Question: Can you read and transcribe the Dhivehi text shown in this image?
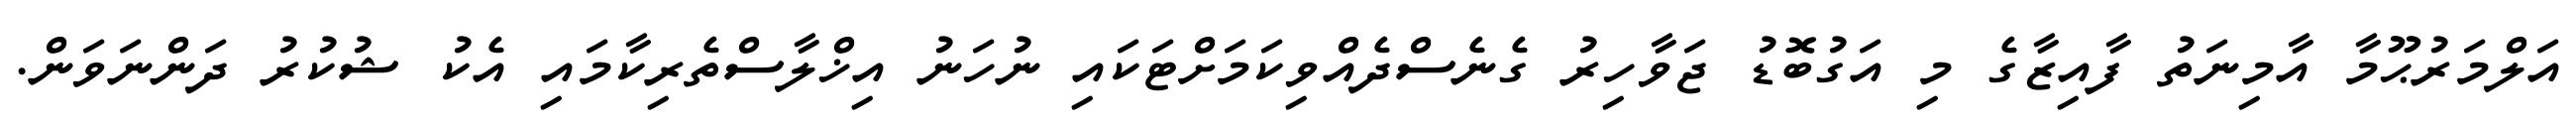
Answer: އަލްމަރުޙޫމާ އާމިނަތު ފާއިޒާގެ މި އަގުބޮޑު ޖަވާހިރު ގެނެސްދެއްވިކަމަށްޓަކައި ނުހަނު އިޚްލާސްތެރިކާމައި އެކު ޝުކުރު ދަންނަވަން.